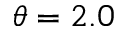
\theta = 2 . 0